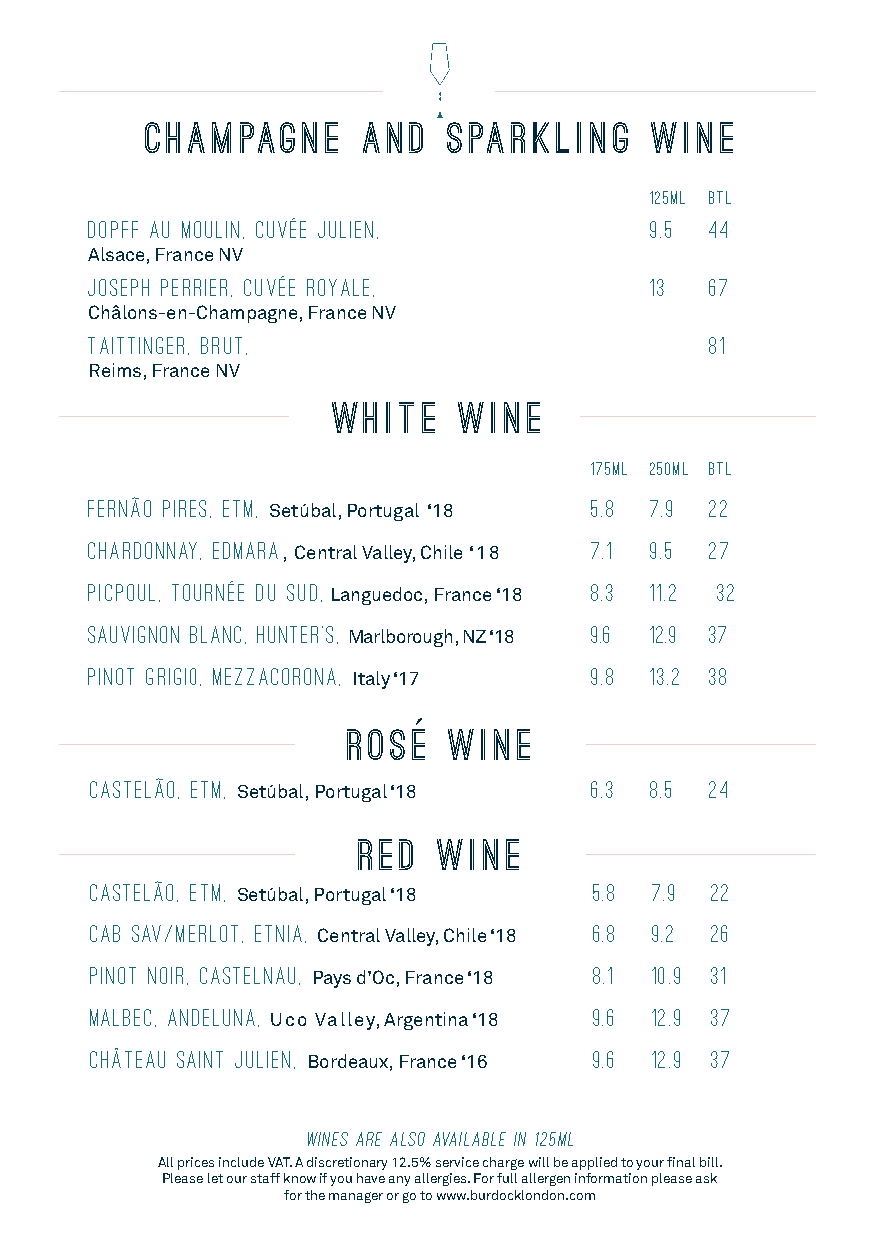
Champagne     and   Sparkling    wine
 125ml BTL
 Dopff au moulin, Cuvée Julien,       9.5 44
 Alsace, France NV
 Joseph Perrier, Cuvée RoyalE,        13  67
 Châlons-en-Champagne, France NV
 Taittinger, Brut,                        81
 Reims, France NV
 WHITE   WINE
 175ml 250ml btl
 Fernão Pires, ETM,               5.8 7.9 22
 Setúbal, Portugal ‘18
 Chardonnay, Edmara               7.1 9.5 27
 , Central Valley, Chile ‘18
 Picpoul, TOURNÉE du SUD,         8.3 11.2 32
 Languedoc, France ‘18
 Sauvignon Blanc, hunter’s,       9.6 12.9 37
 Marlborough, NZ ‘18
 Pinot Grigi0, Mezzacorona,       9.8 13.2 38
 Italy ‘17
 ROSE   WINE
 CastelãO, ETM,                   6.3 8.5 24
 Setúbal, Portugal ‘18
 RED  WINE
 CastelãO, ETM,                   5.8 7.9 22
 Setúbal, Portugal ‘18
 CAB Sav/merlot, Etnia,           6.8 9.2 26
 Central Valley, Chile ‘18
 Pinot Noir, Castelnau,           8.1 10.9 31
 Pays d’Oc, France ‘18
 Malbec, Andeluna,                9.6 12.9 37
 Uco Valley, Argentina ‘18
 Château Saint Julien,            9.6 12.9 37
 Bordeaux, France ‘16
 Wines are also available in 125ml
 All prices include VAT. A discretionary 12.5% service charge will be applied to your final bill.
 Please let our staff know if you have any allergies. For full allergen information please ask
 for the manager or go to www.burdocklondon.com